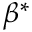
\beta ^ { * }